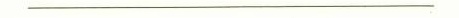
___